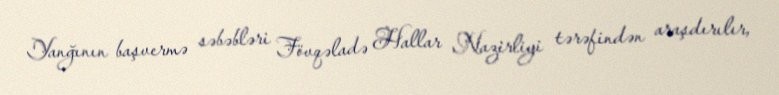
Yanğının başvermə səbəbləri Fövqəladə Hallar Nazirliyi tərəfindən araşdırılır,